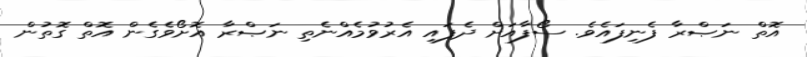
އޮތް ނަޞްރާ ފެނިފައެވެ. ސޯފާއަށް ދެފައި އެރުވުމެއްނެތި ނަޞްރާ އޮށޯވެގެން އޮތް ގޮތުން